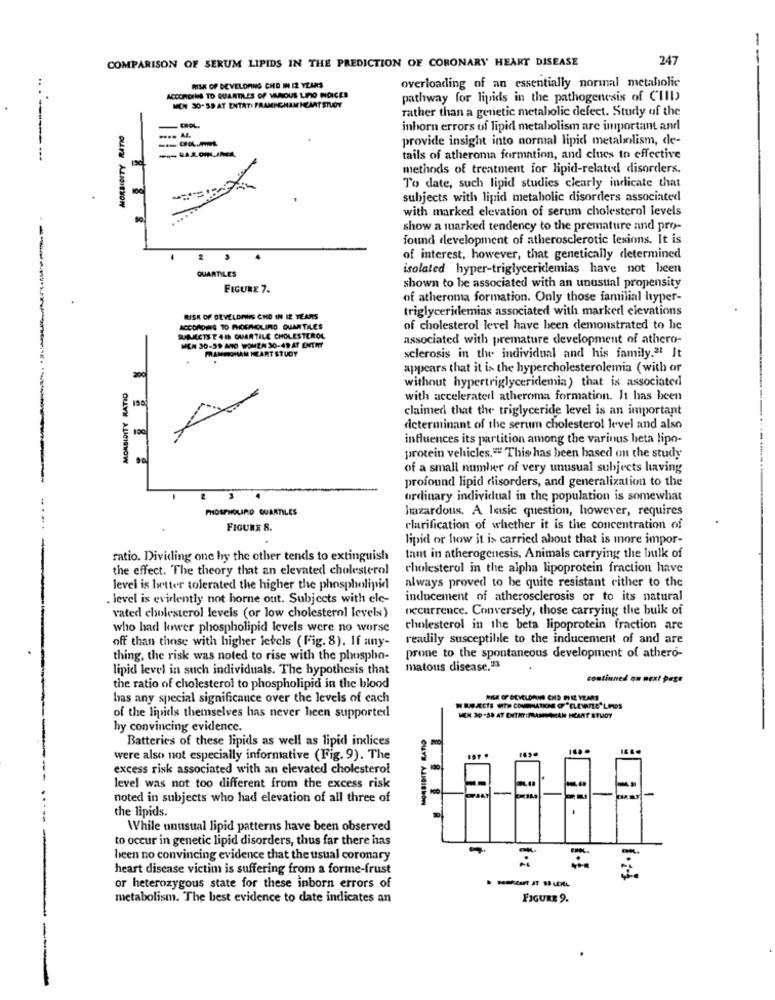
-
COMPARISON OF SERUM LIPIDS IN THE PREDICTION OF CORONARY HEART DISEASE
247
RISK OF DEVELOPING CHE IN I2 YEARS
overloading of an essentially normal metaholic
ACCORDING TO QUARTILES OF MANOUS LINO NOICES
pathway for lipids in the pathogenesis of CIII)
MON 30- 59 AT ENTATI FRAMINGHAM HEART STUDY
rather than a genetic metabolic defect. Study of the
inhorn errors uf lipid metabolism are important and
provide insight into normal lipid metabolism, de-
tails of atherona formation, and clues to effective
methods of treatment for lipid-related disorders.
To date, such lipid studies clearly indicate that
subjects with lipid metabolic disorders associated
with marked elevation of serum cholesterol levels
show a marked tendency to the premature and pro-
found development of atherosclerotic lesions. It is
of interest, however, that genetically determined
QUARTILES
isolated hyper-triglyceridemias have not been
FIGURE 7.
shown to be associated with an unusual propensity
of atheroma formation. Only those familial ltyper-
triglyceridemias associated with marked elevations
RISK OF GEVELDANS CHO IN IE TEARS
ACCORDING TO PHOFRIOLIMO QUARTILES
of cholesterol level have been demonstrated to he
SUAECTS T 41 QUARTILE CHOLESTEROL
associated with premature development of athero-
MEN 30-59 AND WOMEN 30-49 AT ENTHY
FRANMOHAM HEART STUDY
sclerosis in the individual and his family.2 It
appears that it is the hypercholesterolemia (with or
without hypertriglyceridemia) that is associated
MORBIDITY RATIO
with accelerated atheroma formation. It has been
195
claimed that the triglyceride level is an important
determinant of the serum cholesterol level and also
influences its partition among the varinus heta lipo-
protein vehicles."" This has been based on the study
of a small number of very unusual subjects having
profound lipid disorders, and generalization to the
ordinary individual in the population is somewhat
PHOSPHOLIRD QUARTILES
hazardous. A lasic question, however, requires
FIGURE S.
clarification of whether it is the concentration of
lipid or how it is carried about that is more impor-
ratio. Dividing one by the other tends to extinguish
tant in atherogenesis, Animals carrying the Inilk of
the effect. The theory that an elevated cholesterol
cholesterol in the alpha lipoprotein fraction have
level is better tolerated the higher the phospholipid
always proved to be quite resistant either to the
. level is evidently not horne out. Subjects with ele-
inducement of atherosclerosis or to its natural
occurrence. Conversely, those carrying the bulk of
vated cholesterol levels (or low cholesterol levels)
who had lower phospholipid levels were no worse
cholesterol in the beta lipoprotein fraction are
off than those with higher levels (Fig. 8). If any-
readily susceptible to the inducement of and are
thing, the risk was noted to rise with the phospho-
prone to the spontaneous development of athero-
lipid level in such individuals. The hypothesis that
matous disease."3
continned on next page
the ratio of cholesterol to phospholipid in the blood
bas any special significance over the levels of cach
REJECTS WITH COVERLATICHE OF " ELEVATEO' LIMOS
of the lipids themselves has never heen supported
MEN 30-38 AT ENTRY:MRAMARIAN HEART STUDY
hy convincing evidence.
MORBIDITY RATIO
Batteries of these lipids as well as lipid indices
were also not especially informative (Fig. 9). The
excess risk associated with an elevated cholesterol
level was not too different from the excess risk
noted in subjects who had elevation of all three of
AT
the lipids.
While unusual lipid patterns have been observed
to occur in genetic lipid disorders, thus far there has
been no convincing evidence that the usual coronary
heart disease victim is suffering from a forme-frust
----
or heterozygous state for these inborn errors of
metabolism. The best evidence to date indicates an
FIGURE 9.